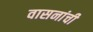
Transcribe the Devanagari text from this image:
वासनांची